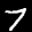
Label: 7